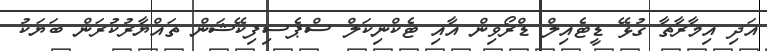
އަދި އިމާރާތާ ގުޅޭ ޑީޓެއިލް ޑްރޯވިން އާއި ޓެކްނިކަލް ސްޕެސިފިކޭޝަން ތައްޔާރުކުރަން ބަޔަކު